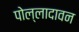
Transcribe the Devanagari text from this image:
पोल्लादावन